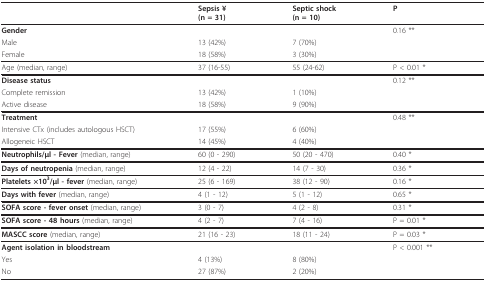
<table><thead><tr><td></td><td><b>Sepsis ¥(n = 31)</b></td><td><b>Septic shock(n = 10)</b></td><td><b>P</b></td></tr></thead><tbody><tr><td><b>Gender</b></td><td></td><td></td><td>0.16 **</td></tr><tr><td>Male</td><td>13 (42%)</td><td>7 (70%)</td><td></td></tr><tr><td>Female</td><td>18 (58%)</td><td>3 (30%)</td><td></td></tr><tr><td>Age (median, range)</td><td>37 (16-55)</td><td>55 (24-62)</td><td>P &lt; 0.01 *</td></tr><tr><td><b>Disease status</b></td><td></td><td></td><td>0.12 **</td></tr><tr><td>Complete remission</td><td>13 (42%)</td><td>1 (10%)</td><td></td></tr><tr><td>Active disease</td><td>18 (58%)</td><td>9 (90%)</td><td></td></tr><tr><td><b>Treatment</b></td><td></td><td></td><td>0.48 **</td></tr><tr><td>Intensive CTx (includes autologous HSCT)</td><td>17 (55%)</td><td>6 (60%)</td><td></td></tr><tr><td>Allogeneic HSCT</td><td>14 (45%)</td><td>4 (40%)</td><td></td></tr><tr><td><b>Neutrophils/μl - Fever </b>(median, range)</td><td>60 (0 - 290)</td><td>50 (20 - 470)</td><td>0.40 *</td></tr><tr><td><b>Days of neutropenia </b>(median, range)</td><td>12 (4 - 22)</td><td>14 (7 - 30)</td><td>0.36 *</td></tr><tr><td><b>Platelets ×10<sup>3</sup>/μl - fever </b>(median, range)</td><td>25 (6 - 169)</td><td>38 (12 - 90)</td><td>0.16 *</td></tr><tr><td><b>Days with fever </b>(median, range)</td><td>4 (1 - 12)</td><td>5 (1 - 12)</td><td>0.65 *</td></tr><tr><td><b>SOFA score - fever onset </b>(median, range)</td><td>3 (0 - 7)</td><td>4 (2 - 8)</td><td>0.31 *</td></tr><tr><td><b>SOFA score - 48 hours </b>(median, range)</td><td>4 (2 - 7)</td><td>7 (4 - 16)</td><td>P = 0.01 *</td></tr><tr><td><b>MASCC score </b>(median, range)</td><td>21 (16 - 23)</td><td>18 (11 - 24)</td><td>P = 0.03 *</td></tr><tr><td><b>Agent isolation in bloodstream</b></td><td></td><td></td><td>P &lt; 0.001 **</td></tr><tr><td>Yes</td><td>4 (13%)</td><td>8 (80%)</td><td></td></tr><tr><td>No</td><td>27 (87%)</td><td>2 (20%)</td><td></td></tr></tbody></table>